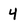
Character: 4